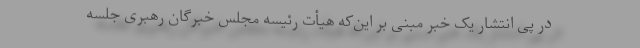
در پی انتشار یک خبر مبنی بر این‌که هیأت رئیسه مجلس خبرگان رهبری جلسه‌